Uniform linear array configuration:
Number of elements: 24
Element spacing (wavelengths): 0.25
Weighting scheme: binomial
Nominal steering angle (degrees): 60
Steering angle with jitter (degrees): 59.87
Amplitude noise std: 0.05
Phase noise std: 0.05

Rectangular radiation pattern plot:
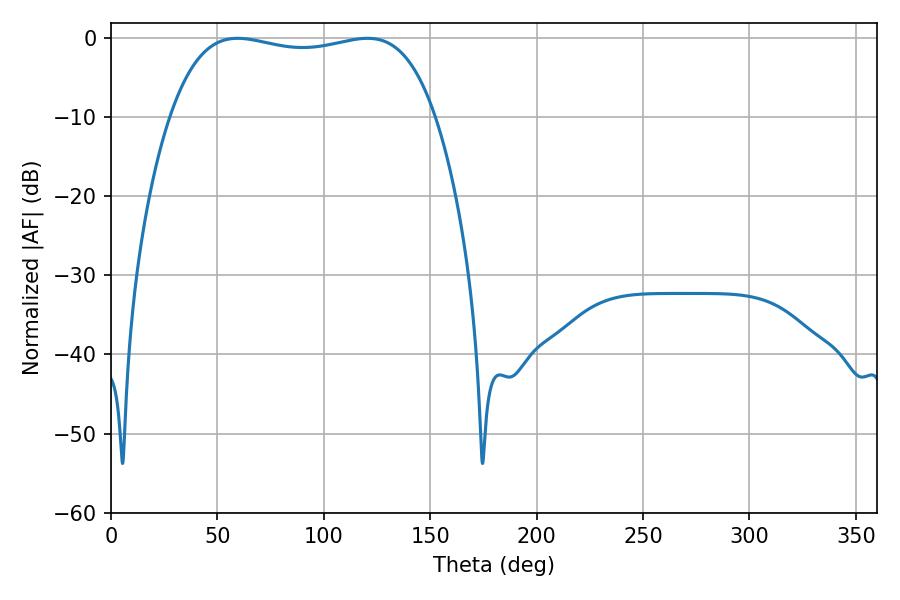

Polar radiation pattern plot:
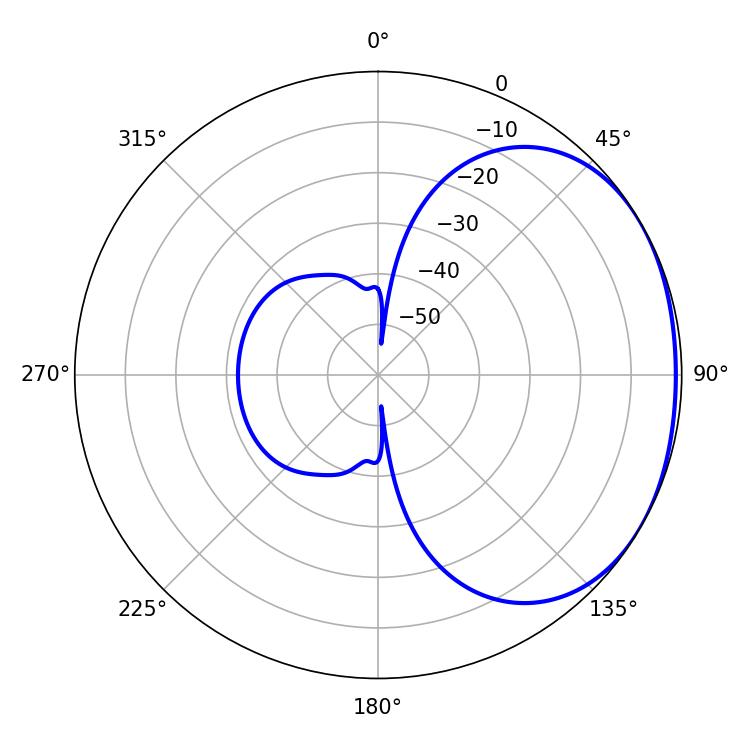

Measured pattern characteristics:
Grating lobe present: FALSE
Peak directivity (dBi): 1.575
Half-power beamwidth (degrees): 100.08
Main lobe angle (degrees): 120.42